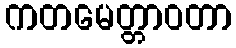
ကတမေတ္တာဝတာ